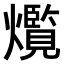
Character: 𤑸